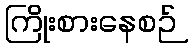
ကြိုးစားနေစဉ်